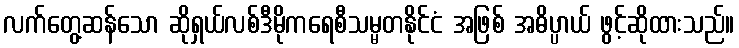
လက်တွေ့ဆန်သော ဆိုရှယ်လစ်ဒီမိုကရေစီသမ္မတနိုင်ငံ အဖြစ် အဓိပ္ပာယ် ဖွင့်ဆိုထားသည်။